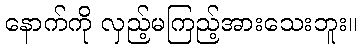
နောက်ကို လှည့်မကြည့်အားသေးဘူး။